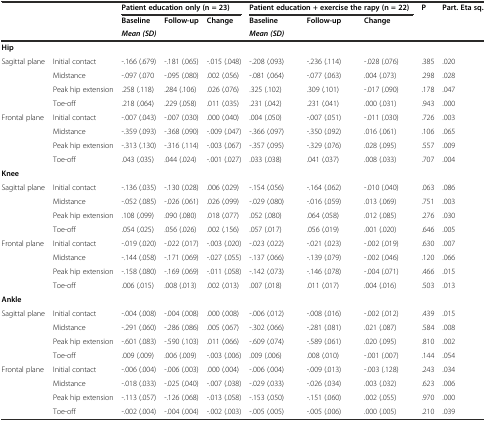
<table><thead><tr><td></td><td></td><td colspan="3"><b>Patient education only (n = 23)</b></td><td colspan="3"><b>Patient education + exercise the rapy (n = 22)</b></td><td><b>P</b></td><td><b>Part. Eta sq.</b></td></tr><tr><td></td><td></td><td><b>Baseline</b></td><td><b>Follow-up</b></td><td><b>Change</b></td><td><b>Baseline</b></td><td><b>Follow-up</b></td><td><b>Change</b></td><td></td><td></td></tr><tr><td></td><td></td><td colspan="3"><b><i>Mean (SD)</i></b></td><td colspan="3"><b><i>Mean (SD)</i></b></td><td></td><td></td></tr></thead><tbody><tr><td><b>Hip</b></td><td></td><td></td><td></td><td></td><td></td><td></td><td></td><td></td><td></td></tr><tr><td>Sagittal plane</td><td>Initial contact</td><td>-.166 (.679)</td><td>-.181 (.065)</td><td>-.015 (.048)</td><td>-.208 (.093)</td><td>-.236 (.114)</td><td>-.028 (.076)</td><td>.385</td><td>.020</td></tr><tr><td></td><td>Midstance</td><td>-.097 (.070</td><td>-.095 (.080)</td><td>.002 (.056)</td><td>-.081 (.064)</td><td>-.077 (.063)</td><td>.004 (.073)</td><td>.298</td><td>.028</td></tr><tr><td></td><td>Peak hip extension</td><td>.258 (.118)</td><td>.284 (.106)</td><td>.026 (.076)</td><td>.325 (.102)</td><td>.309 (.101)</td><td>-.017 (.090)</td><td>.178</td><td>.047</td></tr><tr><td></td><td>Toe-off</td><td>.218 (.064)</td><td>.229 (.058)</td><td>.011 (.035)</td><td>.231 (.042)</td><td>.231 (.041)</td><td>.000 (.031)</td><td>.943</td><td>.000</td></tr><tr><td>Frontal plane</td><td>Initial contact</td><td>-.007 (.043)</td><td>-.007 (.030)</td><td>.000 (.040)</td><td>.004 (.050)</td><td>-.007 (.051)</td><td>-.011 (.030)</td><td>.726</td><td>.003</td></tr><tr><td></td><td>Midstance</td><td>-.359 (.093)</td><td>-.368 (.090)</td><td>-.009 (.047)</td><td>-.366 (.097)</td><td>-.350 (.092)</td><td>.016 (.061)</td><td>.106</td><td>.065</td></tr><tr><td></td><td>Peak hip extension</td><td>-.313 (.130)</td><td>-.316 (.114)</td><td>-.003 (.067)</td><td>-.357 (.095)</td><td>-.329 (.076)</td><td>.028 (.095)</td><td>.557</td><td>.009</td></tr><tr><td></td><td>Toe-off</td><td>.043 (.035)</td><td>.044 (.024)</td><td>-.001 (.027)</td><td>.033 (.038)</td><td>.041 (.037)</td><td>.008 (.033)</td><td>.707</td><td>.004</td></tr><tr><td><b>Knee</b></td><td></td><td></td><td></td><td></td><td></td><td></td><td></td><td></td><td></td></tr><tr><td>Sagittal plane</td><td>Initial contact</td><td>-.136 (.035)</td><td>-.130 (.028)</td><td>.006 (.029)</td><td>-.154 (.056)</td><td>-.164 (.062)</td><td>-.010 (.040)</td><td>.063</td><td>.086</td></tr><tr><td></td><td>Midstance</td><td>-.052 (.085)</td><td>-.026 (.061)</td><td>.026 (.099)</td><td>-.029 (.080)</td><td>-.016 (.059)</td><td>.013 (.069)</td><td>.751</td><td>.003</td></tr><tr><td></td><td>Peak hip extension</td><td>.108 (.099)</td><td>.090 (.080)</td><td>.018 (.077)</td><td>.052 (.080)</td><td>.064 (.058)</td><td>.012 (.085)</td><td>.276</td><td>.030</td></tr><tr><td></td><td>Toe-off</td><td>.054 (.025)</td><td>.056 (.026)</td><td>.002 (.156)</td><td>.057 (.017)</td><td>.056 (.019)</td><td>.001 (.020)</td><td>.646</td><td>.005</td></tr><tr><td>Frontal plane</td><td>Initial contact</td><td>-.019 (.020)</td><td>-.022 (.017)</td><td>-.003 (.020)</td><td>-.023 (.022)</td><td>-.021 (.023)</td><td>-.002 (.019)</td><td>.630</td><td>.007</td></tr><tr><td></td><td>Midstance</td><td>-.144 (.058)</td><td>-.171 (.069)</td><td>-.027 (.055)</td><td>-.137 (.066)</td><td>-.139 (.079)</td><td>-.002 (.046)</td><td>.120</td><td>.066</td></tr><tr><td></td><td>Peak hip extension</td><td>-.158 (.080)</td><td>-.169 (.069)</td><td>-.011 (.058)</td><td>-.142 (.073)</td><td>-.146 (.078)</td><td>-.004 (.071)</td><td>.466</td><td>.015</td></tr><tr><td></td><td>Toe-off</td><td>.006 (.015)</td><td>.008 (.013)</td><td>.002 (.013)</td><td>.007 (.018)</td><td>.011 (.017)</td><td>.004 (.016)</td><td>.503</td><td>.013</td></tr><tr><td><b>Ankle</b></td><td></td><td></td><td></td><td></td><td></td><td></td><td></td><td></td><td></td></tr><tr><td>Sagittal plane</td><td>Initial contact</td><td>-.004 (.008)</td><td>-.004 (.008)</td><td>.000 (.008)</td><td>-.006 (.012)</td><td>-.008 (.016)</td><td>-.002 (.012)</td><td>.439</td><td>.015</td></tr><tr><td></td><td>Midstance</td><td>-.291 (.060)</td><td>-.286 (.086)</td><td>.005 (.067)</td><td>-.302 (.066)</td><td>-.281 (.081)</td><td>.021 (.087)</td><td>.584</td><td>.008</td></tr><tr><td></td><td>Peak hip extension</td><td>-.601 (.083)</td><td>-.590 (.103)</td><td>.011 (.066)</td><td>-.609 (.074)</td><td>-.589 (.061)</td><td>.020 (.095)</td><td>.810</td><td>.002</td></tr><tr><td></td><td>Toe-off</td><td>.009 (.009)</td><td>.006 (.009)</td><td>-.003 (.006)</td><td>.009 (.006)</td><td>.008 (.010)</td><td>-.001 (.007)</td><td>.144</td><td>.054</td></tr><tr><td>Frontal plane</td><td>Initial contact</td><td>-.006 (.004)</td><td>-.006 (.003)</td><td>.000 (.004)</td><td>-.006 (.004)</td><td>-.009 (.013)</td><td>-.003 (.128)</td><td>.243</td><td>.034</td></tr><tr><td></td><td>Midstance</td><td>-.018 (.033)</td><td>-.025 (.040)</td><td>-.007 (.038)</td><td>-.029 (.033)</td><td>-.026 (.034)</td><td>.003 (.032)</td><td>.623</td><td>.006</td></tr><tr><td></td><td>Peak hip extension</td><td>-.113 (.057)</td><td>-.126 (.068)</td><td>-.013 (.058)</td><td>-.153 (.050)</td><td>-.151 (.060)</td><td>.002 (.055)</td><td>.970</td><td>.000</td></tr><tr><td></td><td>Toe-off</td><td>-.002 (.004)</td><td>-.004 (.004)</td><td>-.002 (.003)</td><td>-.005 (.005)</td><td>-.005 (.006)</td><td>.000 (.005)</td><td>.210</td><td>.039</td></tr></tbody></table>